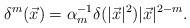
LaTeX: \begin{align*}\delta^m(\vec{x}) = \alpha_m^{-1} \delta(|\vec{x}|^2) |\vec{x}|^{2-m} .\end{align*}